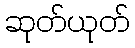
ဆုတ်ယုတ်